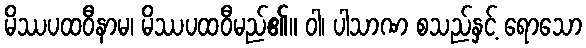
မိဿပထဝီနာမ၊ မိဿပထဝီမည်၏။ ဝါ၊ ပါသာဏ စသည်နှင့် ရောသော